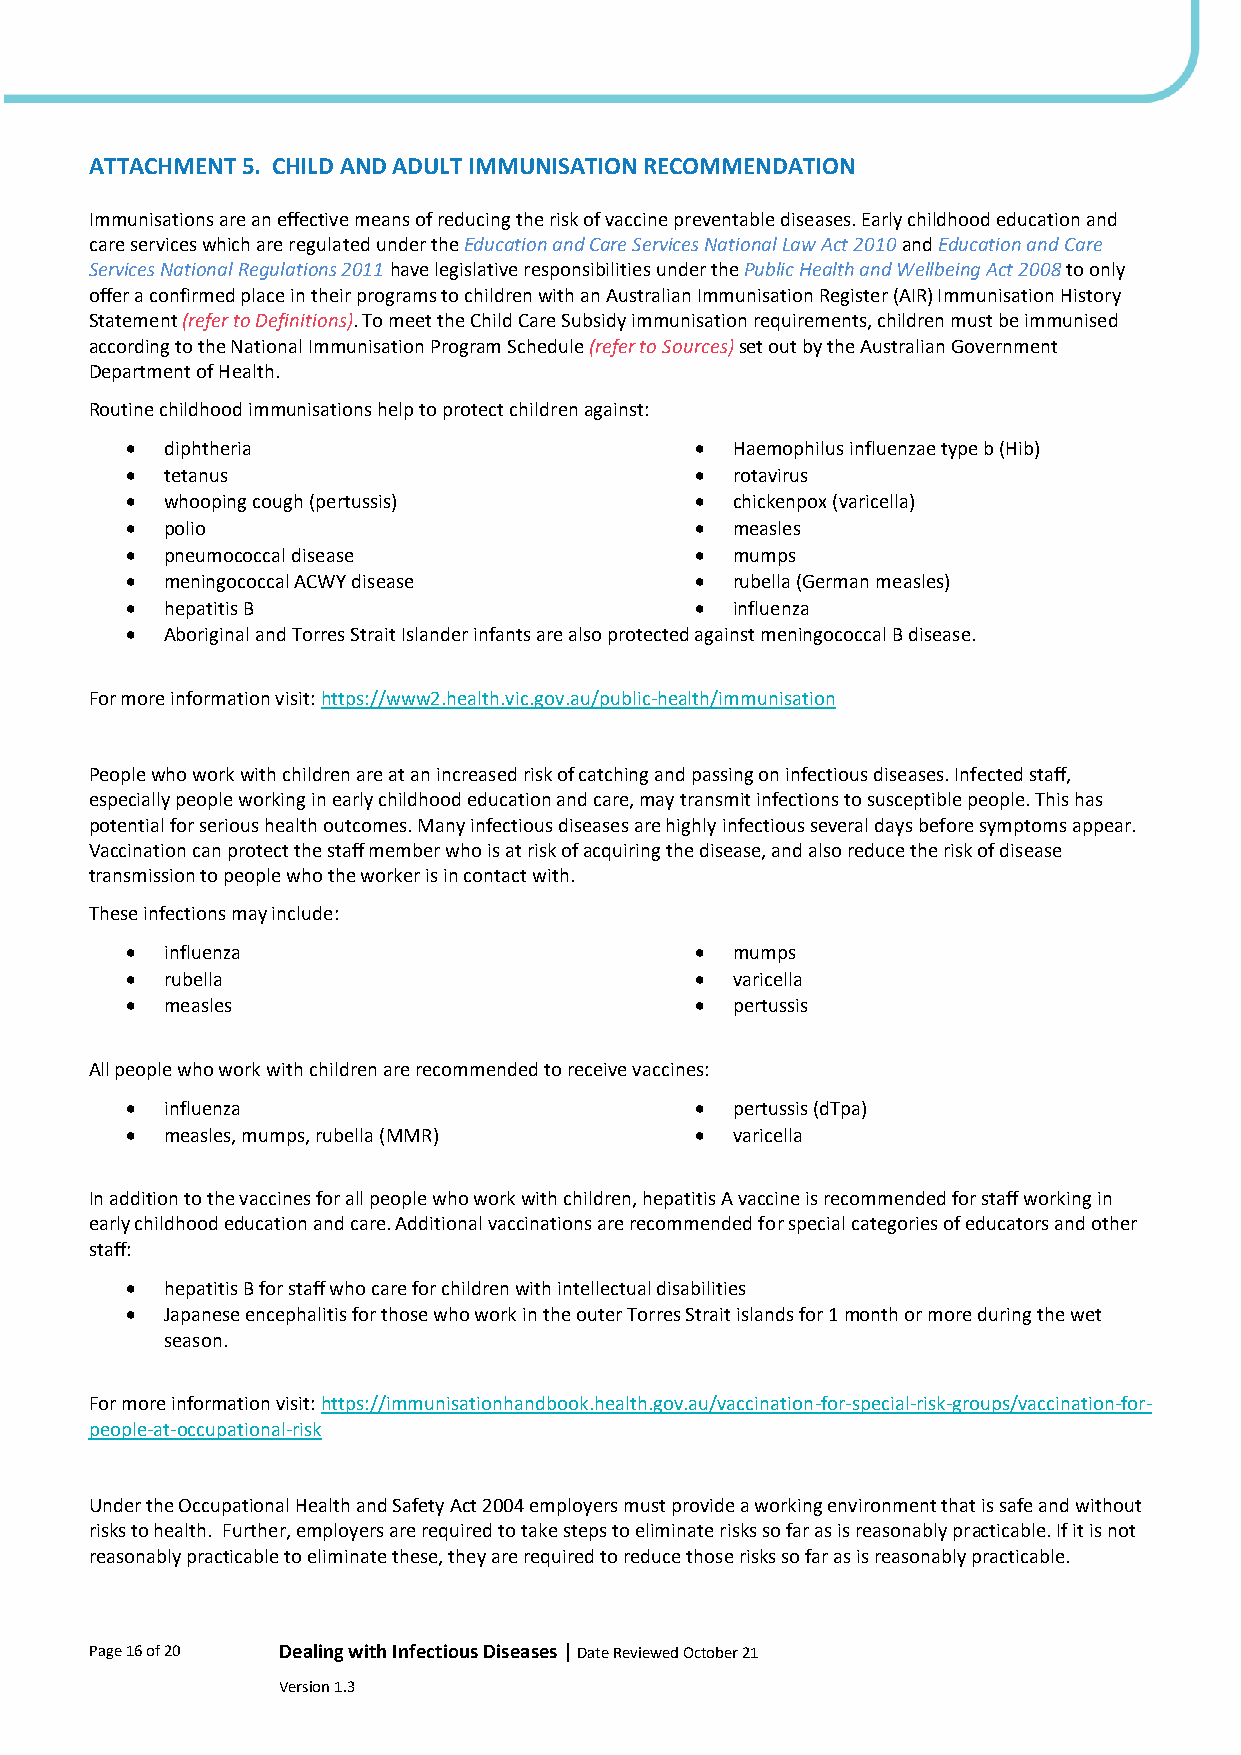
ATTACHMENT 5. CHILD AND ADULT IMMUNISATION RECOMMENDATION
 Immunisations are an effective means of reducing the risk of vaccine preventable diseases. Early childhood education and
 care services which are regulated under the Education and Care Services National Law Act 2010 and Education and Care
 Services National Regulations 2011 have legislative responsibilities under the Public Health and Wellbeing Act 2008 to only
 offer a confirmed place in their programs to children with an Australian Immunisation Register (AIR) Immunisation History
 Statement (refer to Definitions). To meet the Child Care Subsidy immunisation requirements, children must be immunised
 according to the National Immunisation Program Schedule (refer to Sources) set out by the Australian Government
 Department of Health.
 Routine childhood immunisations help to protect children against:
 •  diphtheria                         • Haemophilus influenzae type b (Hib)
 •  tetanus                            • rotavirus
 •  whooping cough (pertussis)         • chickenpox (varicella)
 •  polio                              • measles
 •  pneumococcal disease               • mumps
 •  meningococcal ACWY disease         • rubella (German measles)
 •  hepatitis B                        • influenza
 •  Aboriginal and Torres Strait Islander infants are also protected against meningococcal B disease.
 For more information visit: https://www2.health.vic.gov.au/public-health/immunisation
 People who work with children are at an increased risk of catching and passing on infectious diseases. Infected staff,
 especially people working in early childhood education and care, may transmit infections to susceptible people. This has
 potential for serious health outcomes. Many infectious diseases are highly infectious several days before symptoms appear.
 Vaccination can protect the staff member who is at risk of acquiring the disease, and also reduce the risk of disease
 transmission to people who the worker is in contact with.
 These infections may include:
 •  influenza                          • mumps
 •  rubella                            • varicella
 •  measles                            • pertussis
 All people who work with children are recommended to receive vaccines:
 •  influenza                          • pertussis (dTpa)
 •  measles, mumps, rubella (MMR)      • varicella
 In addition to the vaccines for all people who work with children, hepatitis A vaccine is recommended for staff working in
 early childhood education and care. Additional vaccinations are recommended for special categories of educators and other
 staff:
 •  hepatitis B for staff who care for children with intellectual disabilities
 •  Japanese encephalitis for those who work in the outer Torres Strait islands for 1 month or more during the wet
 season.
 For more information visit: https://immunisationhandbook.health.gov.au/vaccination-for-special-risk-groups/vaccination-for-
 people-at-occupational-risk
 Under the Occupational Health and Safety Act 2004 employers must provide a working environment that is safe and without
 risks to health. Further, employers are required to take steps to eliminate risks so far as is reasonably practicable. If it is not
 reasonably practicable to eliminate these, they are required to reduce those risks so far as is reasonably practicable.
 Page 16 of 20 Dealing with Infectious Diseases | Date Reviewed October 21
 Version 1.3